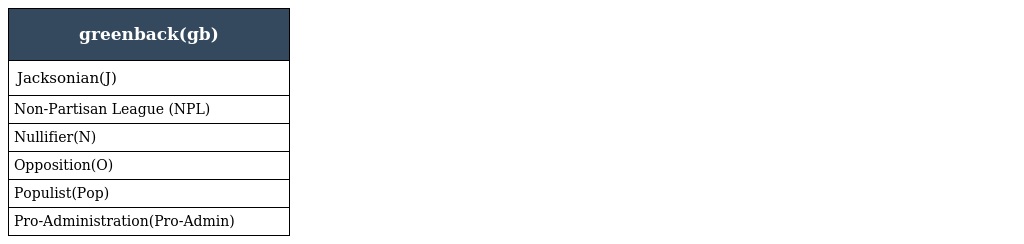
| greenback(gb) |
 | --- |
 | Jacksonian(J) |
 | Non-Partisan League (NPL) |
 | Nullifier(N) |
 | Opposition(O) |
 | Populist(Pop) |
 | Pro-Administration(Pro-Admin) |